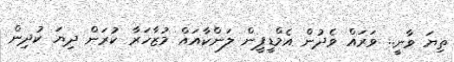
ތިޔަ ވާނީ.. ވަރައް ވެދުން އެމްޑީޕީން ލަންކާއައް މުޒާހަރާ ކުރަން ދިޔަ ކުދިން